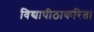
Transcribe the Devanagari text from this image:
विद्यापीठाकरिता